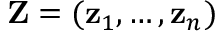
\mathbf { Z } = ( \mathbf { z } _ { 1 } , \dots , \mathbf { z } _ { n } )